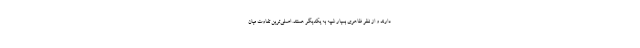
دارند و از نظر ظاهری بسیار شبیه به یکدیگر هستند. اصلی‌ترین تفاوت میان